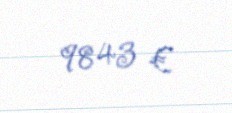
9843 €